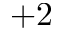
+ 2